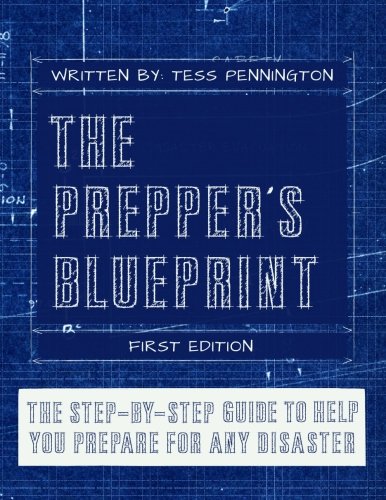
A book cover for The Prepper's Blueprint: The Step-By-Step Guide To Help You Through Any Disaster; Tess Pennington; Politics & Social Sciences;